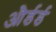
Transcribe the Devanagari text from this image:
और्डर्ड